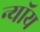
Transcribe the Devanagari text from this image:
न्यॉय